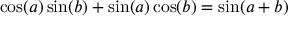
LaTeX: \cos ( a ) \sin ( b ) + \sin ( a ) \cos ( b ) = \sin ( a + b )